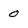
Character: 0